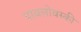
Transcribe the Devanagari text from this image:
पावलोवस्की